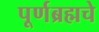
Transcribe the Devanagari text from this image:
पूर्णब्रह्मचे